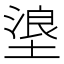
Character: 𪤊